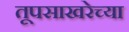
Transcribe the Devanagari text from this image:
तूपसाखरेच्या